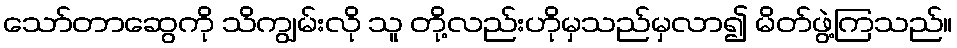
သော်တာဆွေကို သိကျွမ်းလို သူ တို့လည်းဟိုမှသည်မှလာ၍ မိတ်ဖွဲ့ကြသည်။